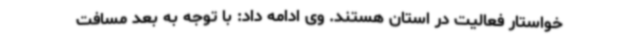
خواستار فعالیت در استان هستند. وی ادامه داد: با توجه به بعد مسافت